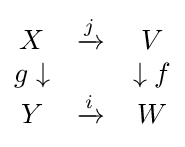
{\begin{matrix}X&{\xrightarrow {j}}&V\\g\downarrow &&\downarrow f\\Y&{\xrightarrow {i}}&W\end{matrix}}